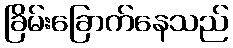
ခြိမ်းခြောက်နေသည်